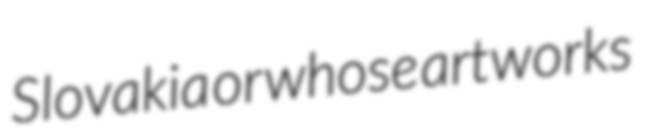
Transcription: Slovakia or whose artworks